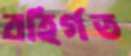
বহির্গত